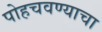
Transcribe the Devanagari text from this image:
पोहचवण्याचा